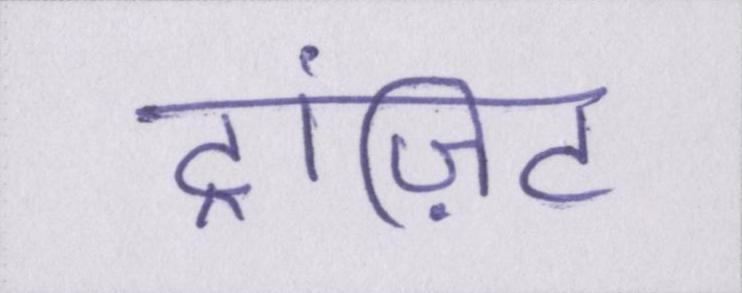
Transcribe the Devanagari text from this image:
ट्रांज़िट